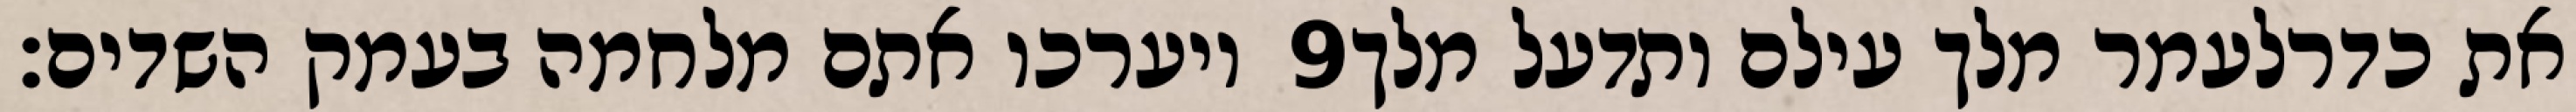
ויערכו אתם מלחמה בעמק השדים׃ ‎9‏ את כדרלעמר מלך עילם ותדעל מלך